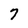
Character: 7